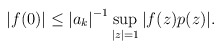
\begin{align*} |f(0)| \leq {|a_k|}^{-1} \sup_{|z|=1} |f(z)p(z)|.\end{align*}